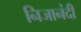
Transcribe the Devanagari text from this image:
निजानंदी